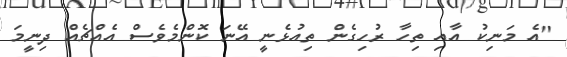
"އެ މަނިކު އާއި ތިހާ ރުހިގެން ތިއުޅެނީ އޭނަ ކޮންމެވެސް އެއްޗެއް ދިނީމަ